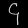
Digit: ၄